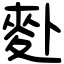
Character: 𪋿